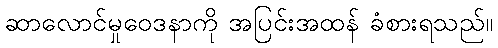
ဆာလောင်မှုဝေဒနာကို အပြင်းအထန် ခံစားရသည်။